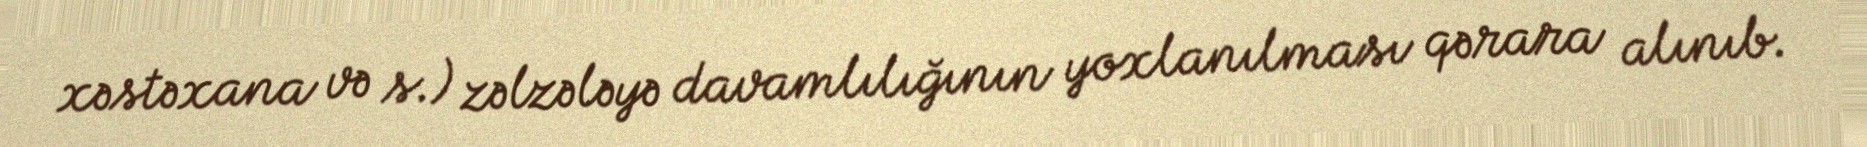
xəstəxana və s.) zəlzələyə davamlılığının yoxlanılması qərara alınıb.